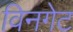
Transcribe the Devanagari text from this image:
विनगेट